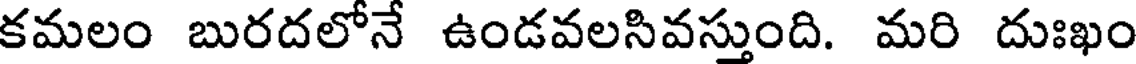
కమలం బురదలోనే ఉండవలసివస్తుంది. మరి దుఃఖం